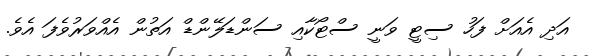
އަދި އެއަށް ފަހު ސިޓީ ވަނީ ސްޓޯކާއި ސަންޑަލޭންޑް އަތުން އެއްވަރުވެފަ އެވެ.